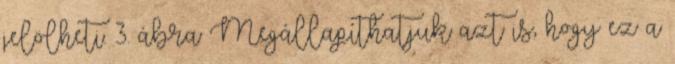
jelölheti. 3. ábra Megállapíthatjuk azt is, hogy ez a